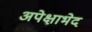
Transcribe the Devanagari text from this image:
अपेक्षाभेद